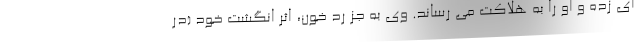
ای زده و او را به هلاکت می رساند. وی به جز رد خون، اثر انگشت خود (در